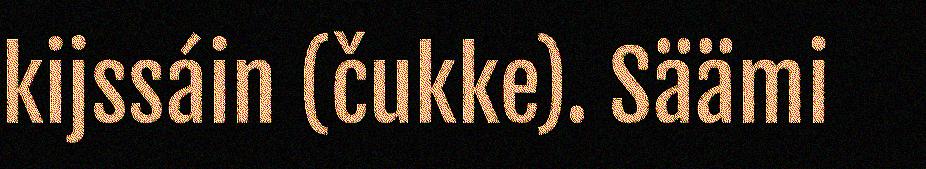
kijssáin (čukke). Säämi